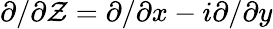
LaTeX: {\partial}/{\partial\mathcal{Z}}={\partial}/{\partial x}-i{\partial}/{\partial y}